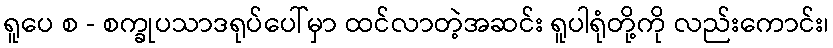
ရူပေ စ - စက္ခုပသာဒရုပ်ပေါ်မှာ ထင်လာတဲ့အဆင်း ရူပါရုံတို့ကို လည်းကောင်း၊